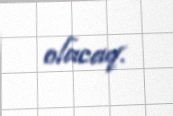
olacaq.